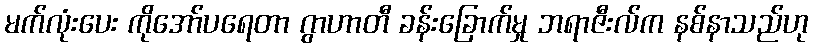
မက်လုံးပေး ကိုအော်ပရေတာ ဂွာဟာတီ ခန်းခြောက်မှု ဘရာဇီးလ်က နစ်နာသည်ဟု